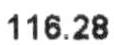
116.28